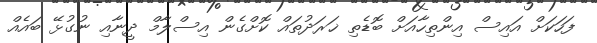
ފަހަކަށް އައިސް އިންތިހާއަށް ބޮޑެތި ޚަރަދުތައް ކޮށްގެން އިސްލާމް ދީނާއި ނުގުޅޭ ބައެއް